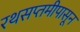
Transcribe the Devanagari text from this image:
रथसप्तमीपासून